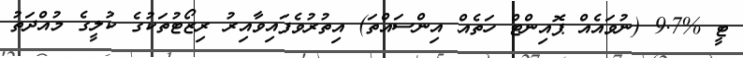
ޓީ %9.7 (ނުވައެއް ޕޮއިންޓް ހަތެއް އިންސައްތަ) އިތުރުވެފައިވާއިރު ރިޒޯޓުތަކުގެ ކުލީގެ މުއްދަތު